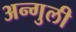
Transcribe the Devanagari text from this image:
अन्गुली